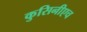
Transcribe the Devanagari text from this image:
कुसिनीएच